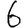
Digit: 6